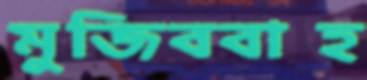
মুজিববাহ